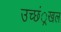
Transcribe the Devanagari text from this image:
उच्छं्रखल